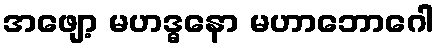
အဖျော့ မဟဒ္ဓနော မဟာဘောဂေါ